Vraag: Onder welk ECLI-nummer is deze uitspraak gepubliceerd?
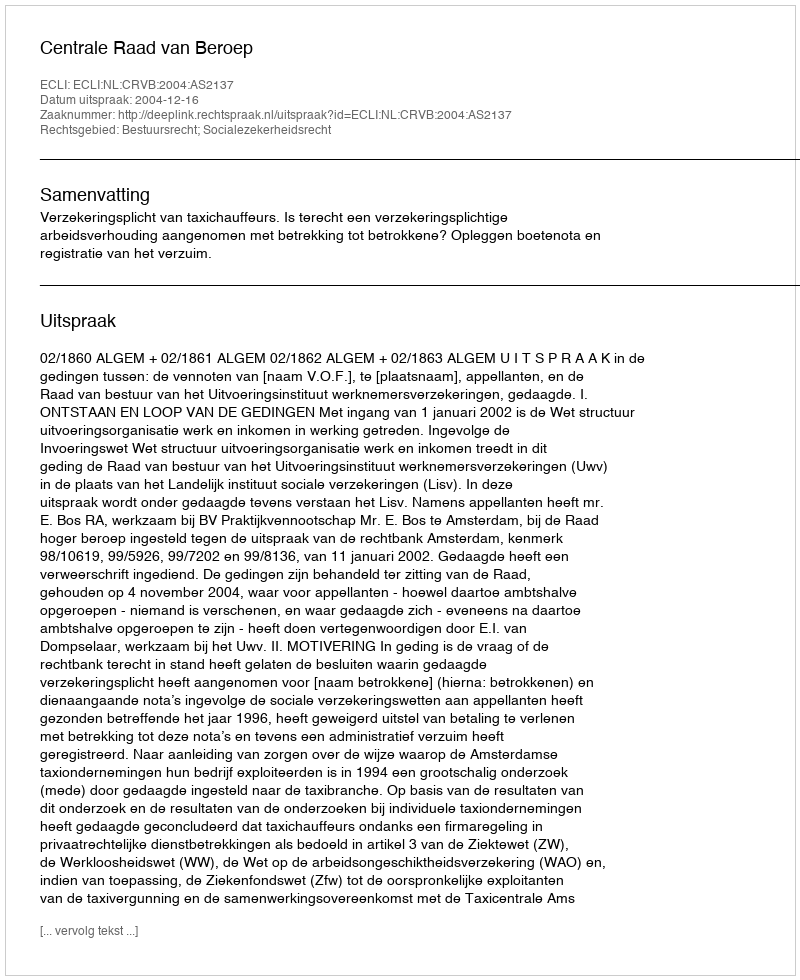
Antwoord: ECLI:NL:CRVB:2004:AS2137